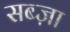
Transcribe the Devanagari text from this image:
सब्ज़ा